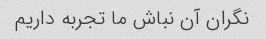
نگران آن نباش ما تجربه داریم